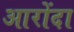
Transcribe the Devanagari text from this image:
आरोंदा